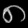
Digit: ၈